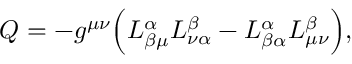
Q = - g ^ { \mu \nu } \Big ( L _ { \beta \mu } ^ { \alpha } L _ { \nu \alpha } ^ { \beta } - L _ { \beta \alpha } ^ { \alpha } L _ { \mu \nu } ^ { \beta } \Big ) ,